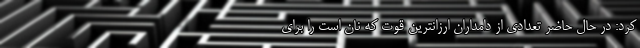
کرد: در حال حاضر تعدادی از دامداران ارزانترین قوت که نان است را برای